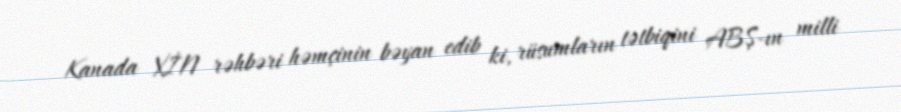
Kanada XİN rəhbəri həmçinin bəyan edib ki, rüsumların tətbiqini ABŞ-ın milli